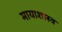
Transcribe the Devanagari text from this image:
मायाशास्त्र